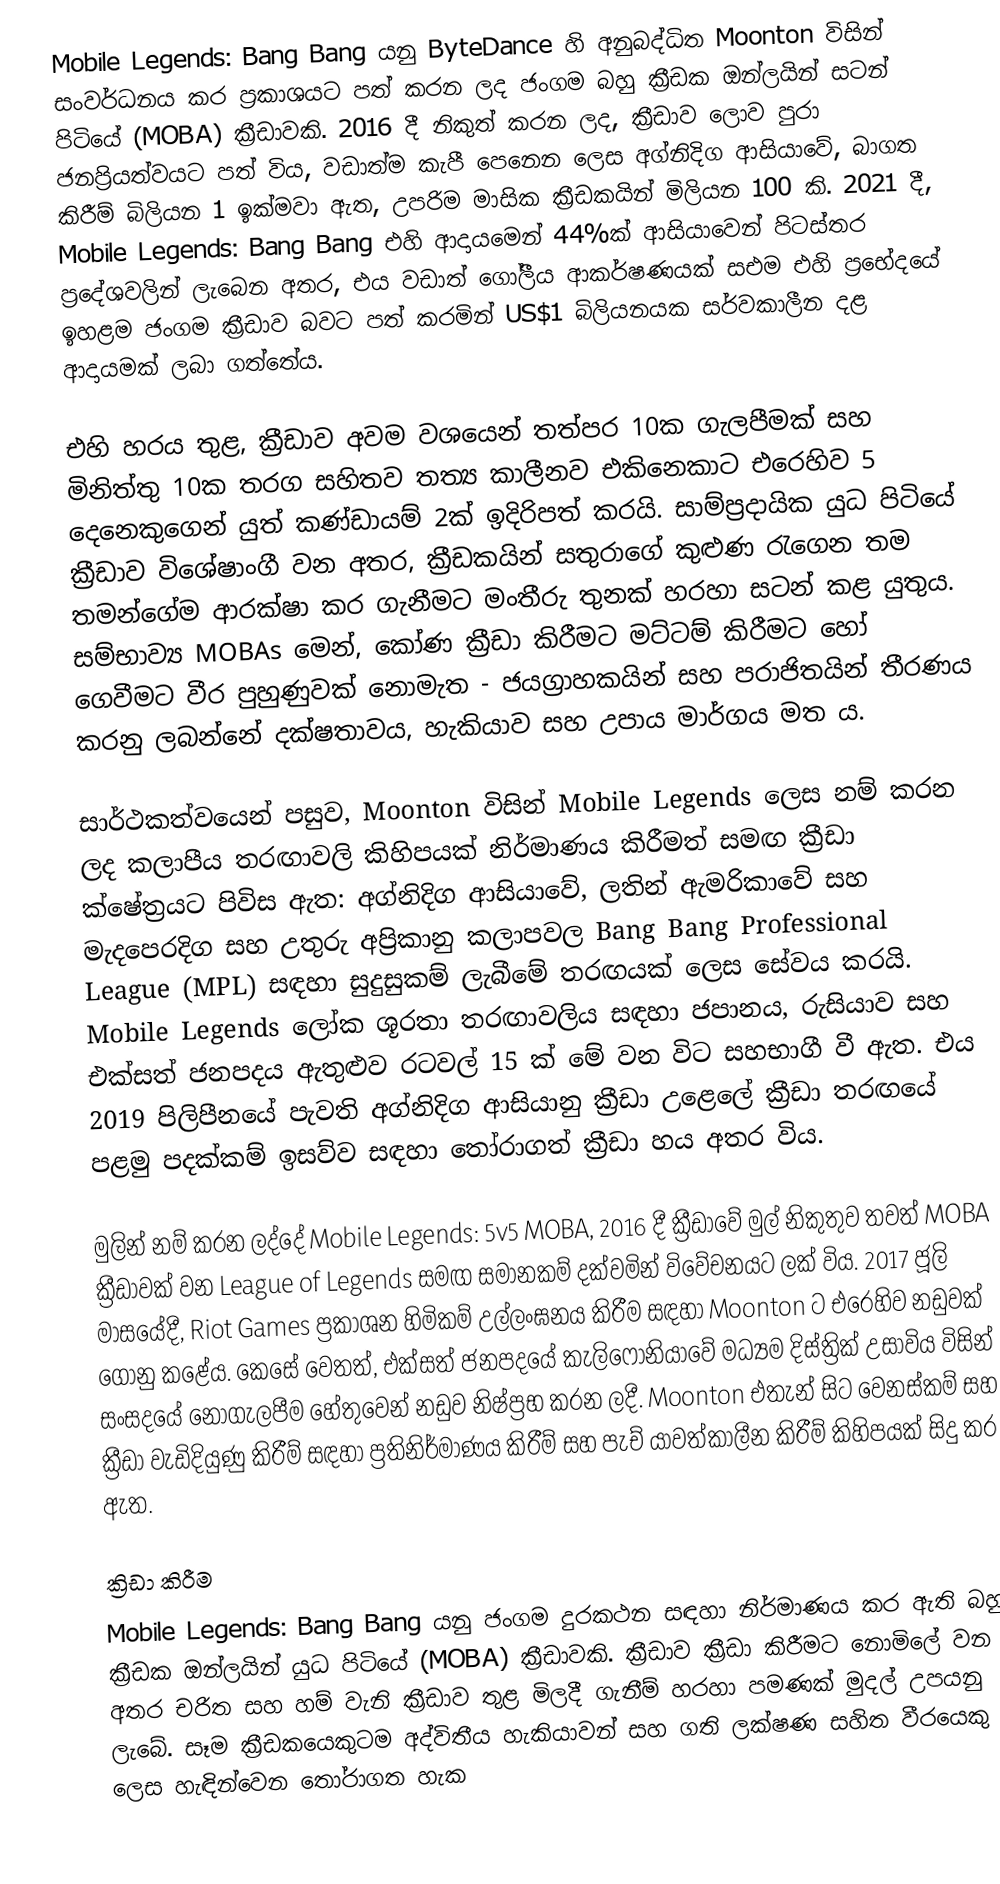
Mobile Legends: Bang Bang යනු ByteDance හි අනුබද්ධිත Moonton විසින් සංවර්ධනය කර ප්‍රකාශයට පත් කරන ලද ජංගම බහු ක්‍රීඩක ඔන්ලයින් සටන් පිටියේ (MOBA) ක්‍රීඩාවකි. 2016 දී නිකුත් කරන ලද, ක්‍රීඩාව ලොව පුරා ජනප්‍රියත්වයට පත් විය, වඩාත්ම කැපී පෙනෙන ලෙස අග්නිදිග ආසියාවේ,  බාගත කිරීම් බිලියන 1 ඉක්මවා ඇත, උපරිම මාසික ක්‍රීඩකයින් මිලියන 100 කි.   2021 දී, Mobile Legends: Bang Bang එහි ආදායමෙන් 44%ක් ආසියාවෙන් පිටස්තර ප්‍රදේශවලින් ලැබෙන අතර, එය වඩාත් ගෝලීය ආකර්ෂණයක් සඑම එහි ප්‍රභේදයේ ඉහළම ජංගම ක්‍රීඩාව බවට පත් කරමින් US$1 බිලියනයක සර්වකාලීන දළ ආදායමක් ලබා ගත්තේය.

එහි හරය තුළ, ක්‍රීඩාව අවම වශයෙන් තත්පර 10ක ගැලපීමක් සහ මිනිත්තු 10ක තරග සහිතව තත්‍ය කාලීනව එකිනෙකාට එරෙහිව 5 දෙනෙකුගෙන් යුත් කණ්ඩායම් 2ක් ඉදිරිපත් කරයි. සාම්ප්‍රදායික යුධ පිටියේ ක්‍රීඩාව විශේෂාංගී වන අතර, ක්‍රීඩකයින් සතුරාගේ කුළුණ රැගෙන තම තමන්ගේම ආරක්ෂා කර ගැනීමට මංතීරු තුනක් හරහා සටන් කළ යුතුය. සම්භාව්‍ය MOBAs මෙන්, කෝණ ක්‍රීඩා කිරීමට මට්ටම් කිරීමට හෝ ගෙවීමට වීර පුහුණුවක් නොමැත - ජයග්‍රාහකයින් සහ පරාජිතයින් තීරණය කරනු ලබන්නේ දක්ෂතාවය, හැකියාව සහ උපාය මාර්ගය මත ය.

සාර්ථකත්වයෙන් පසුව, Moonton විසින් Mobile Legends ලෙස නම් කරන ලද කලාපීය තරඟාවලි කිහිපයක් නිර්මාණය කිරීමත් සමඟ ක්‍රීඩා ක්ෂේත්‍රයට පිවිස ඇත: අග්නිදිග ආසියාවේ, ලතින් ඇමරිකාවේ සහ මැදපෙරදිග සහ උතුරු අප්‍රිකානු කලාපවල Bang Bang Professional League (MPL) සඳහා සුදුසුකම් ලැබීමේ තරඟයක් ලෙස සේවය කරයි. Mobile Legends ලෝක ශූරතා තරඟාවලිය සඳහා ජපානය, රුසියාව සහ එක්සත් ජනපදය ඇතුළුව රටවල් 15 ක් මේ වන විට සහභාගී වී ඇත.  එය 2019 පිලිපීනයේ පැවති අග්නිදිග ආසියානු ක්‍රීඩා උළෙලේ ක්‍රීඩා තරඟයේ පළමු පදක්කම් ඉසව්ව සඳහා තෝරාගත් ක්‍රීඩා හය අතර විය.

මුලින් නම් කරන ලද්දේ Mobile Legends: 5v5 MOBA,  2016 දී ක්‍රීඩාවේ මුල් නිකුතුව තවත් MOBA ක්‍රීඩාවක් වන League of Legends සමඟ සමානකම් දක්වමින් විවේචනයට ලක් විය. 2017 ජූලි මාසයේදී, Riot Games ප්‍රකාශන හිමිකම් උල්ලංඝනය කිරීම සඳහා Moonton ට එරෙහිව නඩුවක් ගොනු කළේය. කෙසේ වෙතත්, එක්සත් ජනපදයේ කැලිෆෝනියාවේ මධ්‍යම දිස්ත්‍රික් උසාවිය විසින් සංසදයේ නොගැලපීම හේතුවෙන් නඩුව නිෂ්ප්‍රභ කරන ලදී.  Moonton එතැන් සිට වෙනස්කම් සහ ක්‍රීඩා වැඩිදියුණු කිරීම් සඳහා ප්‍රතිනිර්මාණය කිරීම් සහ පැච් යාවත්කාලීන කිරීම් කිහිපයක් සිදු කර ඇත.

ක්‍රිඩා කිරීම
Mobile Legends: Bang Bang යනු ජංගම දුරකථන සඳහා නිර්මාණය කර ඇති බහු ක්‍රීඩක ඔන්ලයින් යුධ පිටියේ (MOBA) ක්‍රීඩාවකි. ක්‍රීඩාව ක්‍රීඩා කිරීමට නොමිලේ වන අතර චරිත සහ හම් වැනි ක්‍රීඩාව තුළ මිලදී ගැනීම් හරහා පමණක් මුදල් උපයනු ලැබේ. සෑම ක්‍රීඩකයෙකුටම අද්විතීය හැකියාවන් සහ ගති ලක්ෂණ සහිත වීරයෙකු ලෙස හැඳින්වෙන තෝරාගත හැක